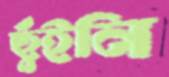
ছুঁইনি